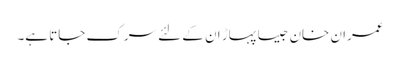
عمران خان جیسا پہاڑ ان کے لئے سرک جاتا ہے۔